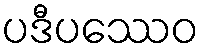
ပဒီပဿေဝ